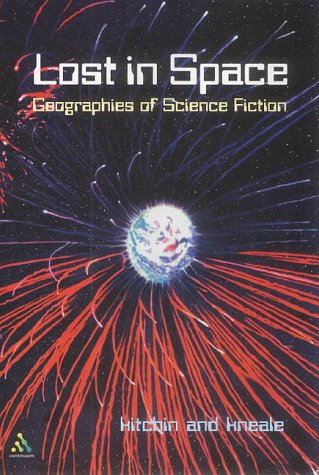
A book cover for Lost in Space; Science Fiction & Fantasy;